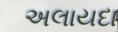
અલાયદા